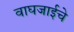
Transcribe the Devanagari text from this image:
वाघजाईचे